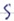
Text: S